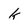
Character: k